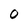
Character: 0